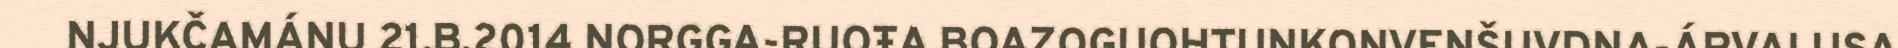
NJUKČAMÁNU 21.B.2014 NORGGA-RUOŦA BOAZOGUOHTUNKONVENŠUVDNA-ÁRVALUSA